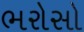
ભરોસો